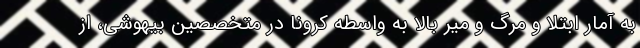
به آمار ابتلا و مرگ و میر بالا به واسطه کرونا در متخصصین بیهوشی، از